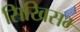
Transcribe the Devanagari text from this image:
सिखिसम्‍